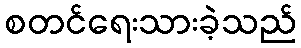
စတင်ရေးသားခဲ့သည်